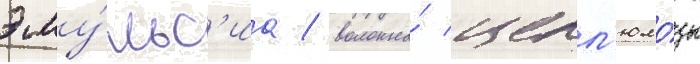
эму́льс'иа / волокна́ целл'юло́зы